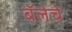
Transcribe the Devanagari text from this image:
बॅलेचे